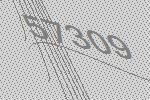
57309